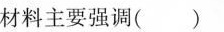
材料主要强调( )